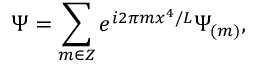
\Psi = \sum _ { m \in Z } e ^ { i 2 \pi m x ^ { 4 } / L } \Psi _ { ( m ) } ,